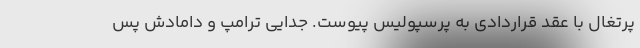
پرتغال با عقد قراردادی به پرسپولیس پیوست. جدایی ترامپ و دامادش پس